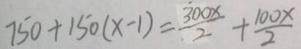
7 5 0 + 1 5 0 ( x - 1 ) = \frac { 3 0 0 x } { 2 } + \frac { 1 0 0 x } { 2 }